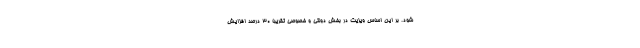
شود. بر این اساس ویزیت در بخش دولتی و خصوصی تقریبا ۳۰ درصد افزایش